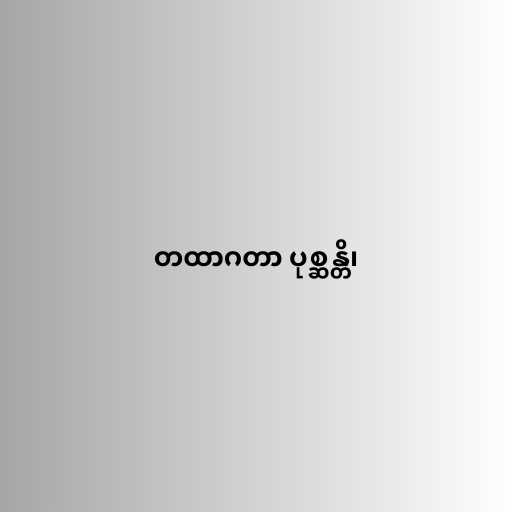
တထာဂတာ ပုစ္ဆန္တိ၊